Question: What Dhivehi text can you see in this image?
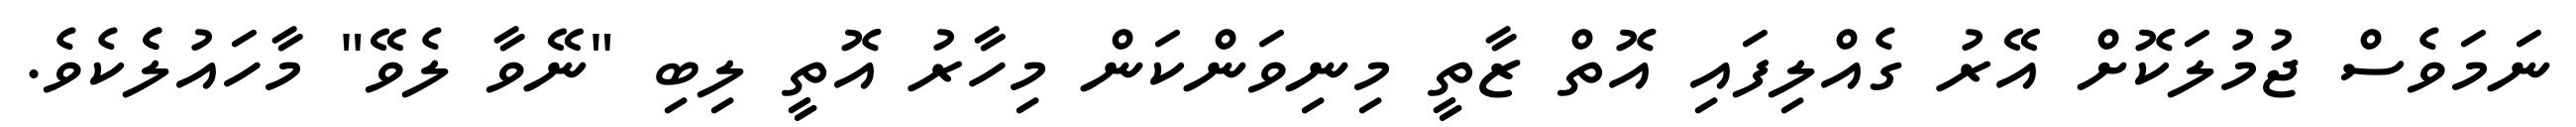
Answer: ނަމަވެސް ޖުމުލަކޮށް އޭރު ގެއްލިފައި އޮތް ޒާތީ މިނިވަންކަން މިހާރު އޮތީ ލިބި "ނޭވާ ލެވޭ" މާހައުލެެކެވެ.